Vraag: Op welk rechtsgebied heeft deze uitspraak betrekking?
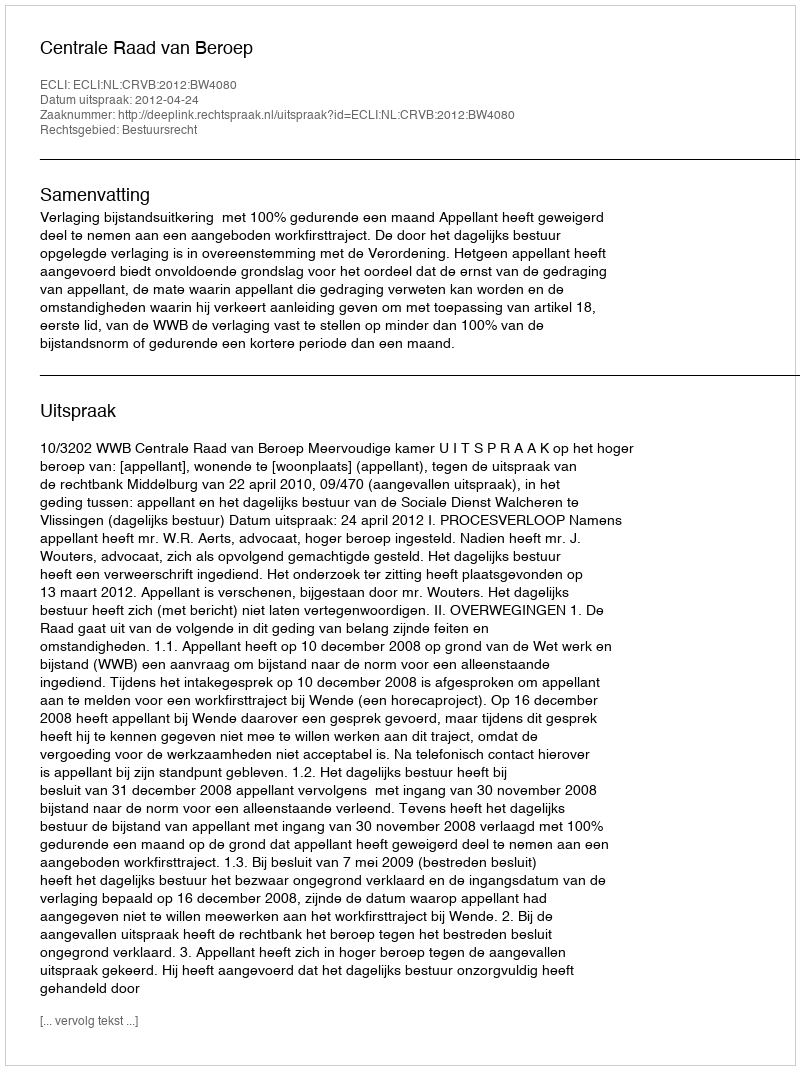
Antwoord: Bestuursrecht